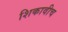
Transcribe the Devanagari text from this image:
शिकावीच